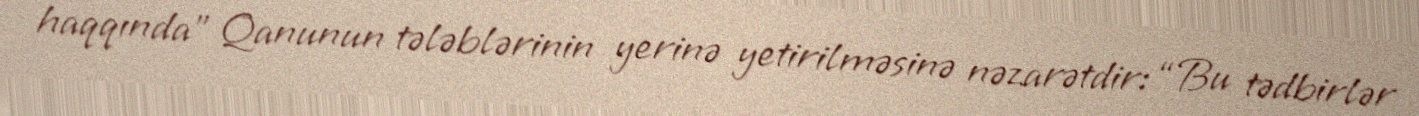
haqqında” Qanunun tələblərinin yerinə yetirilməsinə nəzarətdir: “Bu tədbirlər